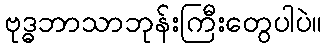
ဗုဒ္ဓဘာသာဘုန်းကြီးတွေပါပဲ။